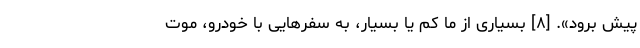
پیش برود». [۸] بسیاری از ما کم یا بسیار، به سفرهایی با خودرو، موت